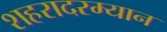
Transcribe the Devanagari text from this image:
शहरादरम्यान